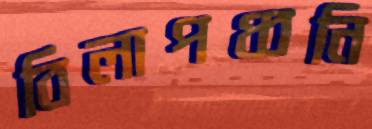
বিলাপধ্বনি